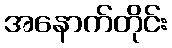
အနောက်တိုင်း